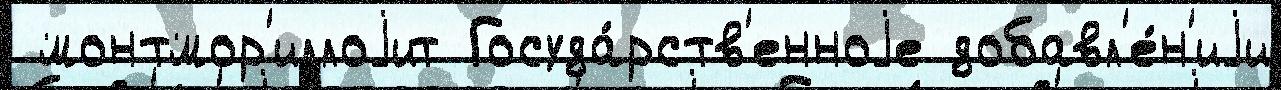
 монтмор'иллоjит Госуда́рств'енноjе добавл'е́н'иjи